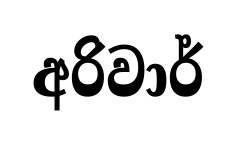
අරිවාර්